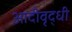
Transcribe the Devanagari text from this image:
आदीवृद्धी